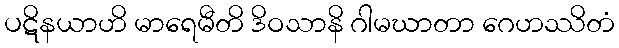
ပဋိနယာဟိ မာရေမီတိ ဒိဝသာနိ ဂါမဃာတာ ဂေဟဿိတံ